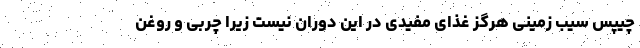
چیپس سیب زمینی هرگز غذای مفیدی در این دوران نیست زیرا چربی و روغن